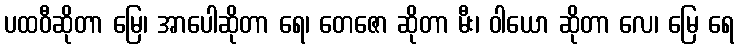
ပထဝီဆိုတာ မြေ၊ အာပေါဆိုတာ ရေ၊ တေဇော ဆိုတာ မီး၊ ဝါယော ဆိုတာ လေ၊ မြေ ရေ